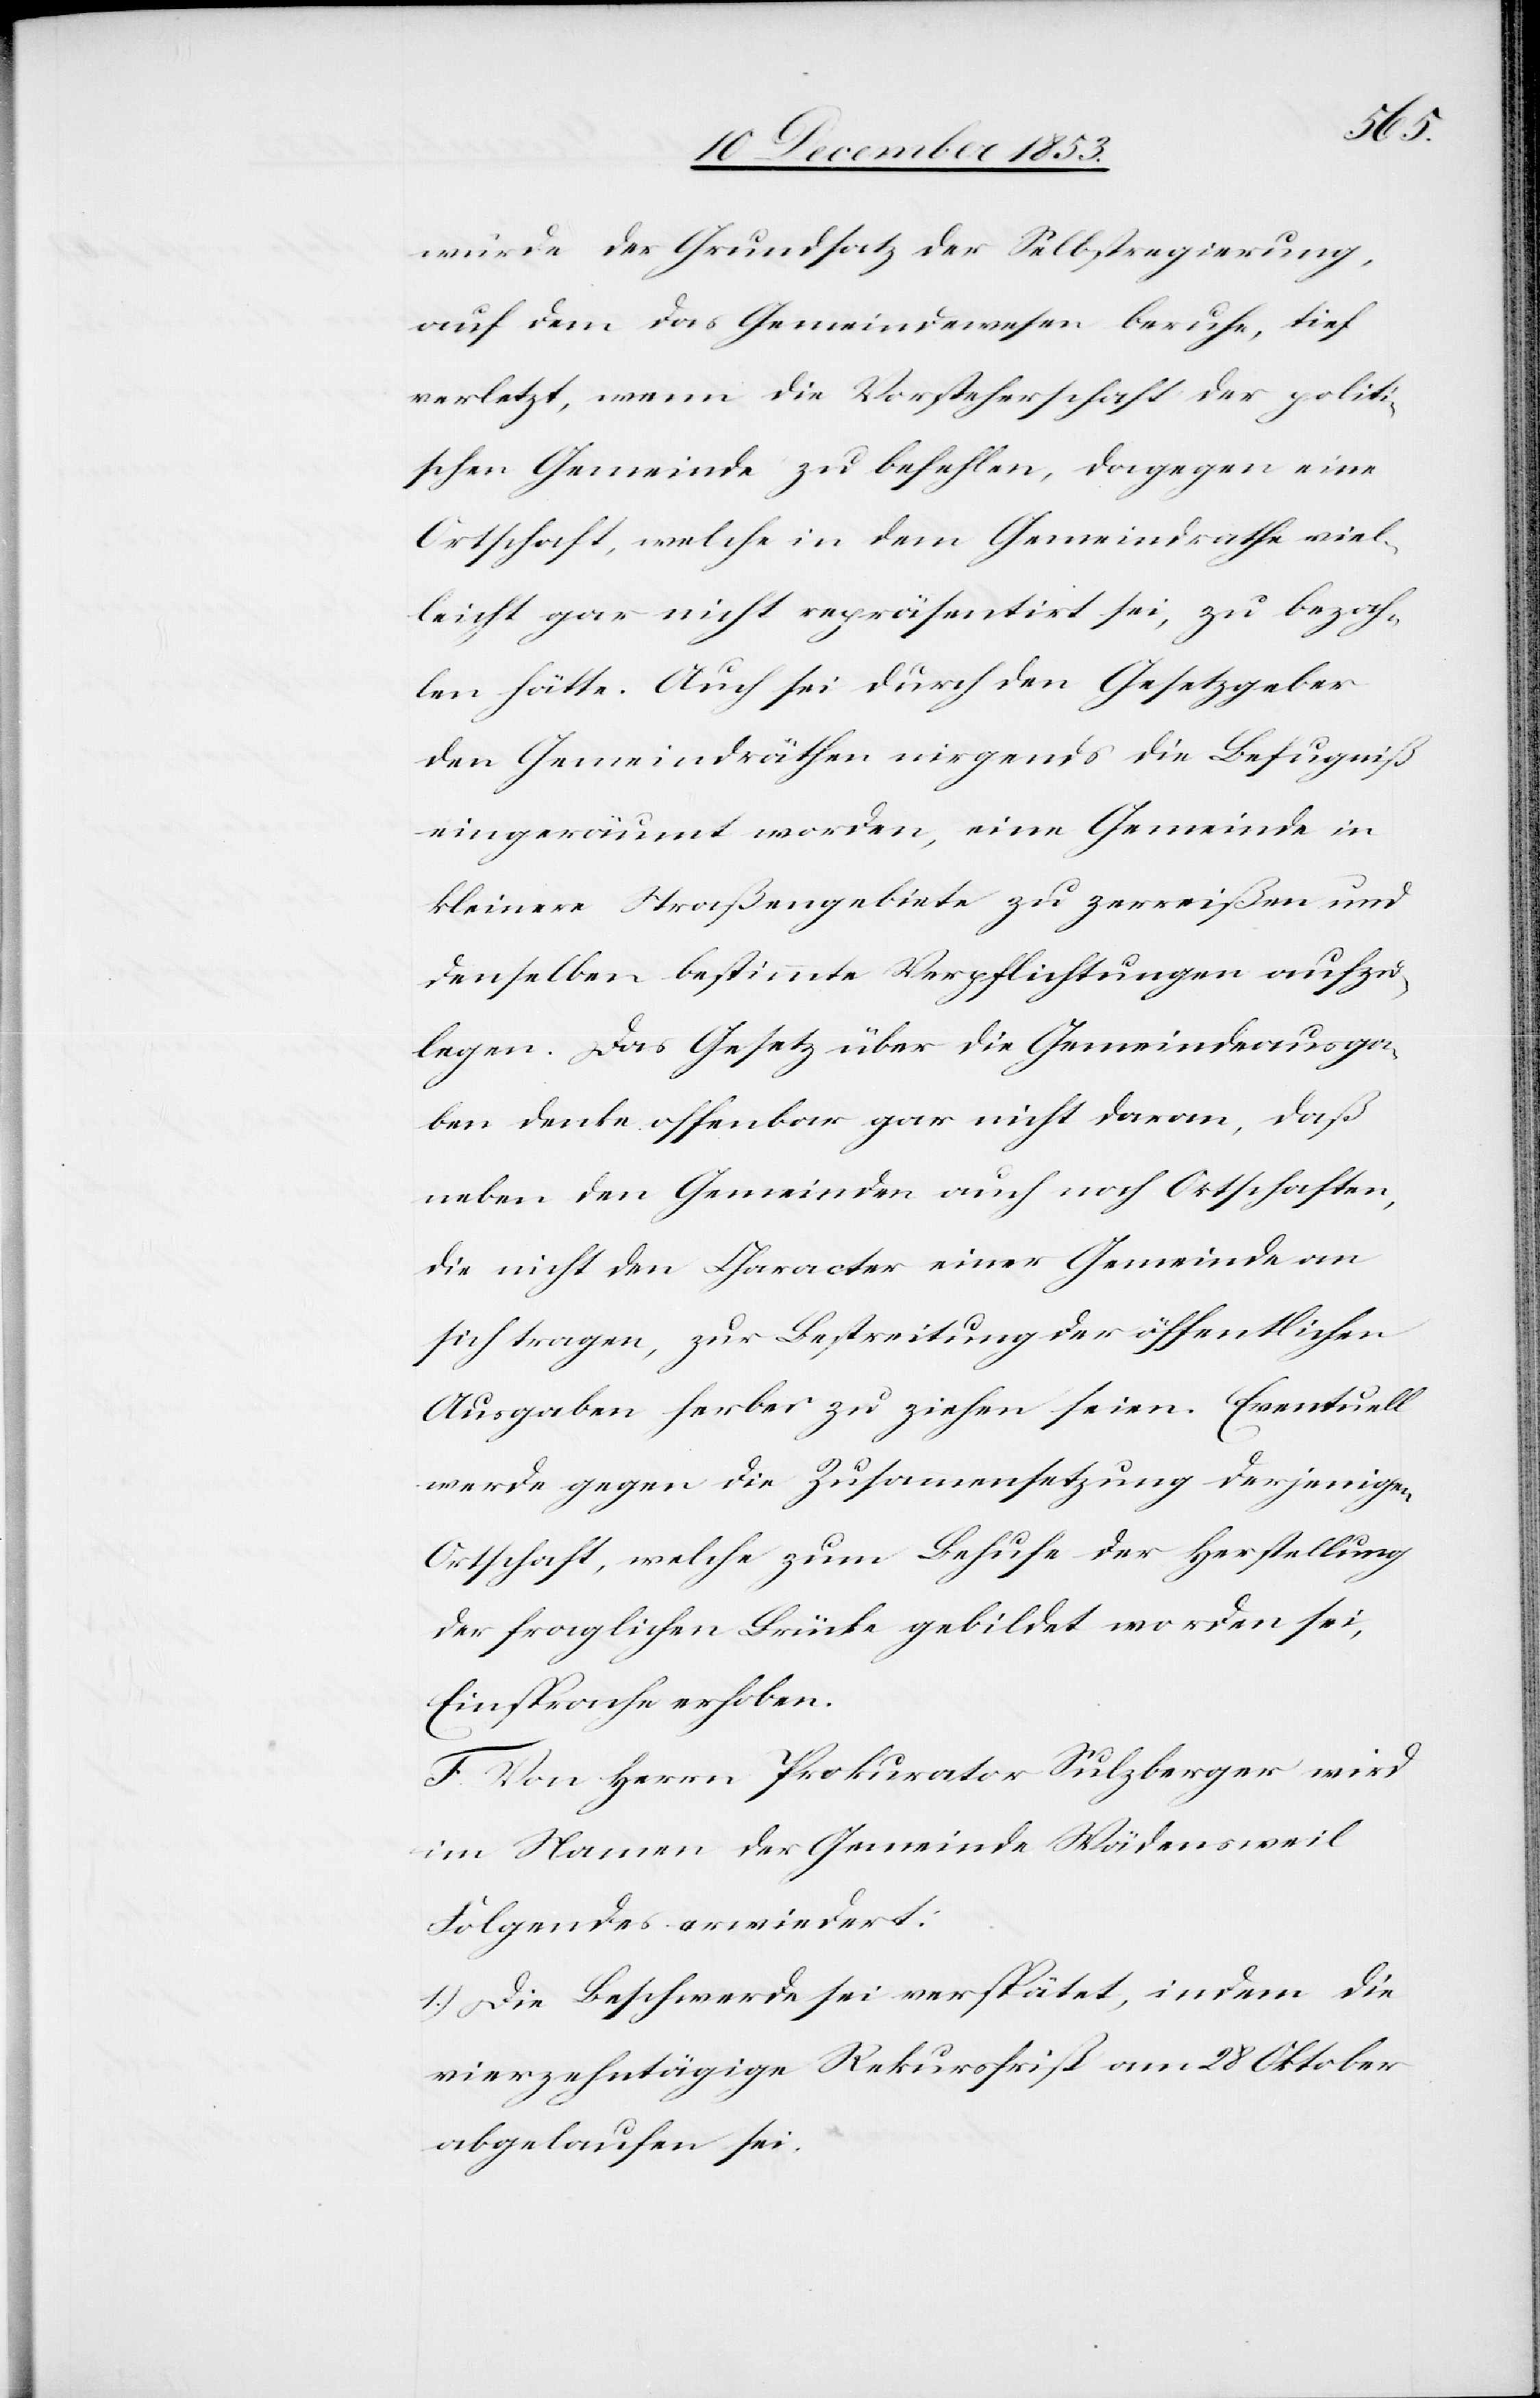
würde der Grundsatz der Selbstregierung,
auf dem das Gemeindswesen beruhe, tief
verletzt, wenn die Vorsteherschaft der politi¬
schen Gemeinde zu befehlen, dagegen eine
Ortschaft, welche in dem Gemeindrathe viel¬
leicht gar nicht repräsentirt sei, zu bezah¬
len hätte. Auch sei durch den Gesetzgeber
den Gemeindräthen nirgends die Befugniß
eingeräumt worden, eine Gemeinde in
kleinere Straßengebiete zu zerreißen und
denselben bestimmte Verpflichtungen aufzu¬
legen. Das Gesetz über die Gemeindsausga¬
ben denke offenbar gar nicht daran, daß
neben Gemeinden auch noch Ortschaften,
die nicht den Charakter einer Gemeinde an
sich tragen, zur Bestreitung der öffentlichen
Ausgaben herbei zu ziehen seien. Eventuell
werde dagegen die Zusammensetzung derjenigen
Ortschaft, welche zum Behufe der Herstellung
der fraglichen Brücke gebildet worden sei,
Einsprache erhoben.
F. Von Herrn Prokurator Sulzberger wird
im Namen der Gemeinde Wädensweil
Folgendes erwiedert:
1) Die Beschwerde sei verspätet, indem die
vierzehntägige Rekursfrist am 28 Oktober
abgelaufen sei.